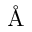
\mathrm { \AA }